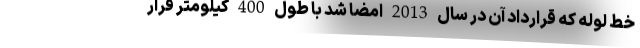
خط لوله که قرارداد آن در سال 2013 امضا شد با طول 400 کیلومتر قرار